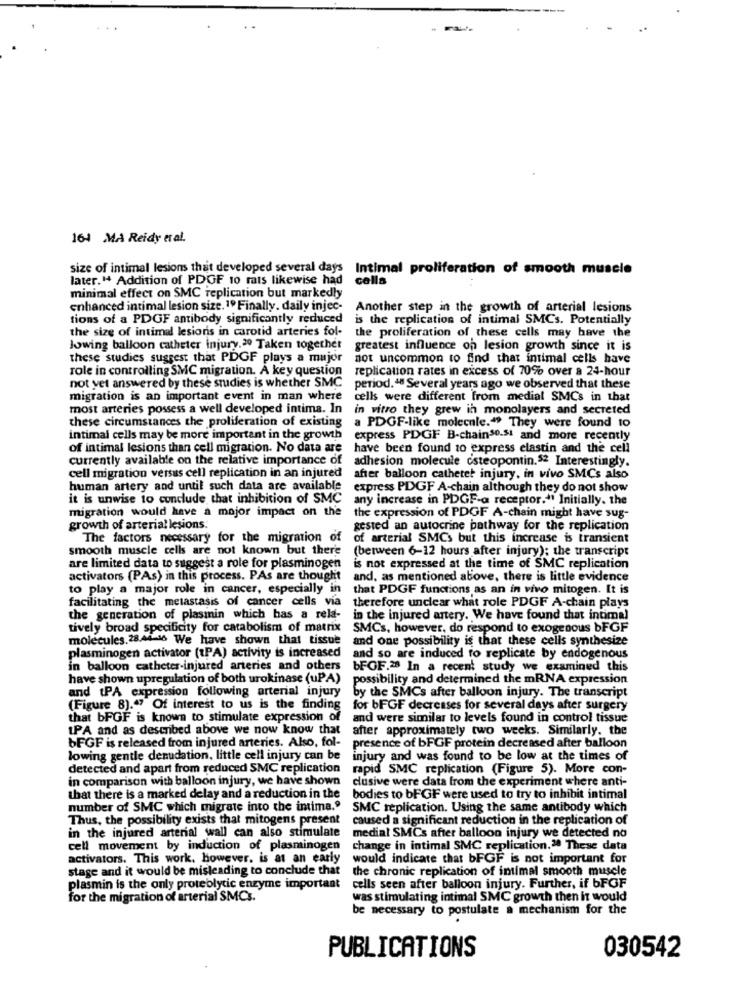
164 MA Reidy eral.
size of intimal lesions that developed several days Intimal proliferation of smooth muscle
later. " Addition of PDOF 10 rats likewise had
colla
minimal effect on SMC replication but markedly
enhanced intimal lesion size. 1º Finally. daily injec-
Another step in the growth of arterial lesions
tions of a PDGF antibody significantly reduced
is the replication of intimal SMCs. Potentially
the size of intimal lesions in carotid arteries fol-
the proliferation of these cells may have the
Jowing balloon catheter injury. 20 Taken together
greatest influence on lesion growth since it is
these studies suggest that PDGF plays a major
not uncommon to find that intimal cells have
role in controlling SMC migration. A key question
replication rates in excess of 70% over a 24-hour
not yet answered by these studies is whether SMC
period." Several years ago we observed that these
migration is an important event in man where
cells were different from medial SMCs in that
most arteries possess a well developed intima. In
in vitro they grew in monolayers and secreted
these circumstances the proliferation of existing
a PDOF-like molecule."> They were found to
intimal cells may be more important in the growth
express PDGF B-chain30.51 and more recently
of intimal lesions than cell migration. No data are
have been found to express elastin and the cell
currently available on the relative importance of
adhesion molecule csteopontin.52 Interestingly.
cell migration versus cell replication in an injured
after balloon cathetet injury, in vivo SMCs also
human artery and until such data are available
express PDGF A-chain although they do not show
it is unwise to conclude that inhibition of SMC
any increase in PDGF-a receptor."1 Initially. the
migration would have a major impact on the
the expression of PDOF A-chain might have sug-
growth of arterial lesions.
gested an autocrine pathway for the replication
The factors necessary for the migration of
of arterial SMCs but this increase is transient
smooth muscle cells are not known but there
(between 6-12 hours after injury); the transcript
are limited data to suggest a role for plasminogen
is not expressed at the time of SMC replication
activators (PAs) in this process. PAs are thought
and, as mentioned above, there is little evidence
to play a major role in cancer, especially in
that PDGF functions as an in vivo mitogen. It is
facilitating the metastasis of cancer cells via
therefore unclear what role PDGF A-chain plays
the generation of plasinin which has a rela-
in the injured artery. We have found that intimal
tively broad specificity for catabolismof matrix
SMCs, however, do respond to exogenous bFGF
molecules. 28.44-16 We have shown that tissue
and one possibility is that these cells synthesize
plasminogen activator (tPA) activity is increased
and so are induced to replicate by endogenous
in balloon catheter-injured arteries and others bFGF.28 In a recent study we examined this
have shown upregulation of both urokinase (uP A)
possibility and determined the mRNA expression
and tPA expression following arterial injury
by the SMCs after balloon injury. The transcript
(Figure 8).47 Of interest to us is the finding
for bFGF decreases for several days after surgery
that bFGF is known to stimulate expression of
and were similar to levels found in control tissue
IPA and as described above we now know that
after approximately two weeks. Similarly, the
bFGF is released from injured arteries. Also, fol-
presence of bFGF protein decreased after balloon
lowing gentle denudation, little cell injury can be
injury and was found to be low at the times of
detected and apart from reduced SMC replication
rapid SMC replication (Figure 5). More con-
in comparison with balloon injury, we have shown
clusive were data from the experiment where anti-
that there is a marked delay and a reduction in the
bodies to bFGF were used to try to inhibit intimal
number of SMC which migrate into the intima.º
SMC replication. Using the same antibody which
Thus, the possibility exists that mitogens present
caused a significant reduction in the replication of
in the injured arterial wall can also stimulate
medial SMCs after balloon injury we detected no
cell movement by induction of plasminogen
change in intimal SMC replication.20 These data
activators. This work, however, is at an early
would indicate that bFGF is not important for
stage and it would be misleading to conclude that
the chronic replication of intimal smooth muscle
plasmin is the only proteolytic enzyme important
cells seen after balloon injury. Further, if bFOF
for the migration of arterial SMCs.
was stimulating intimal SMC growth then it would
be necessary to postulate a mechanism for the
PUBLICATIONS
030542